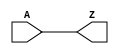
module BUF_X8 (A, Z);
  input A;
  output Z;

  buf(Z, A);


endmodule